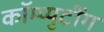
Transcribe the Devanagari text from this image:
कॉम्प्युटींग